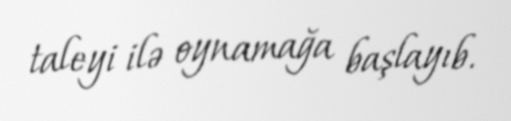
taleyi ilə oynamağa başlayıb.